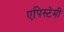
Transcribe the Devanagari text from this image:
एपिस्टेमी